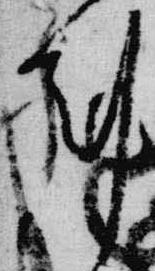
剋